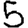
Digit: 5